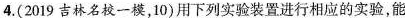
4.(2019吉林名校一模，10)用下列实验装置进行相应的实验，能